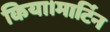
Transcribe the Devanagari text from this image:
किया।मार्टिन